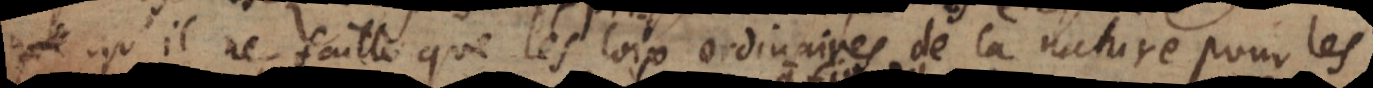
qu’il ne faille que les loix ordinaires de la nature pour les